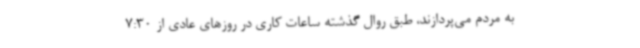
به مردم می‌پردازند، طبق روال گذشته ساعات کاری در روزهای عادی از 7:30